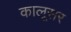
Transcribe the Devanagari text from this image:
कालूसर